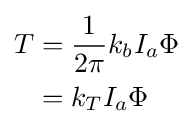
{\begin{aligned}T&={\frac {1}{2\pi }}k_{b}I_{a}\Phi \\&=k_{T}I_{a}\Phi \end{aligned}}